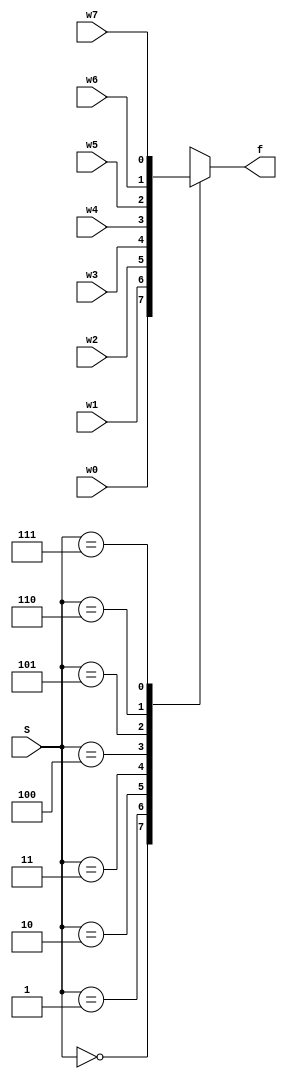


module Mux8_1(w7, w6, w5, w4, w3, w2, w1, w0, S, f);

    input w7, w6, w5, w4, w3, w2, w1, w0;
    input [2:0] S;
    output reg f;
    
    always @(*)
        case (S)
            0:f=w0;
            1:f=w1;
            2:f=w2;
            3:f=w3;
            4:f=w4;
            5:f=w5;
            6:f=w6;
            7:f=w7;
        endcase
        
endmodule